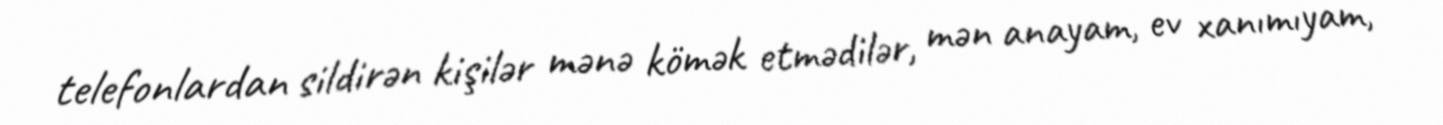
telefonlardan sildirən kişilər mənə kömək etmədilər, mən anayam, ev xanımıyam,